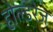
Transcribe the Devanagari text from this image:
होल्डरेज